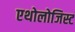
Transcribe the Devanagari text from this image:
एथोलोजिस्ट